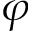
\varphi